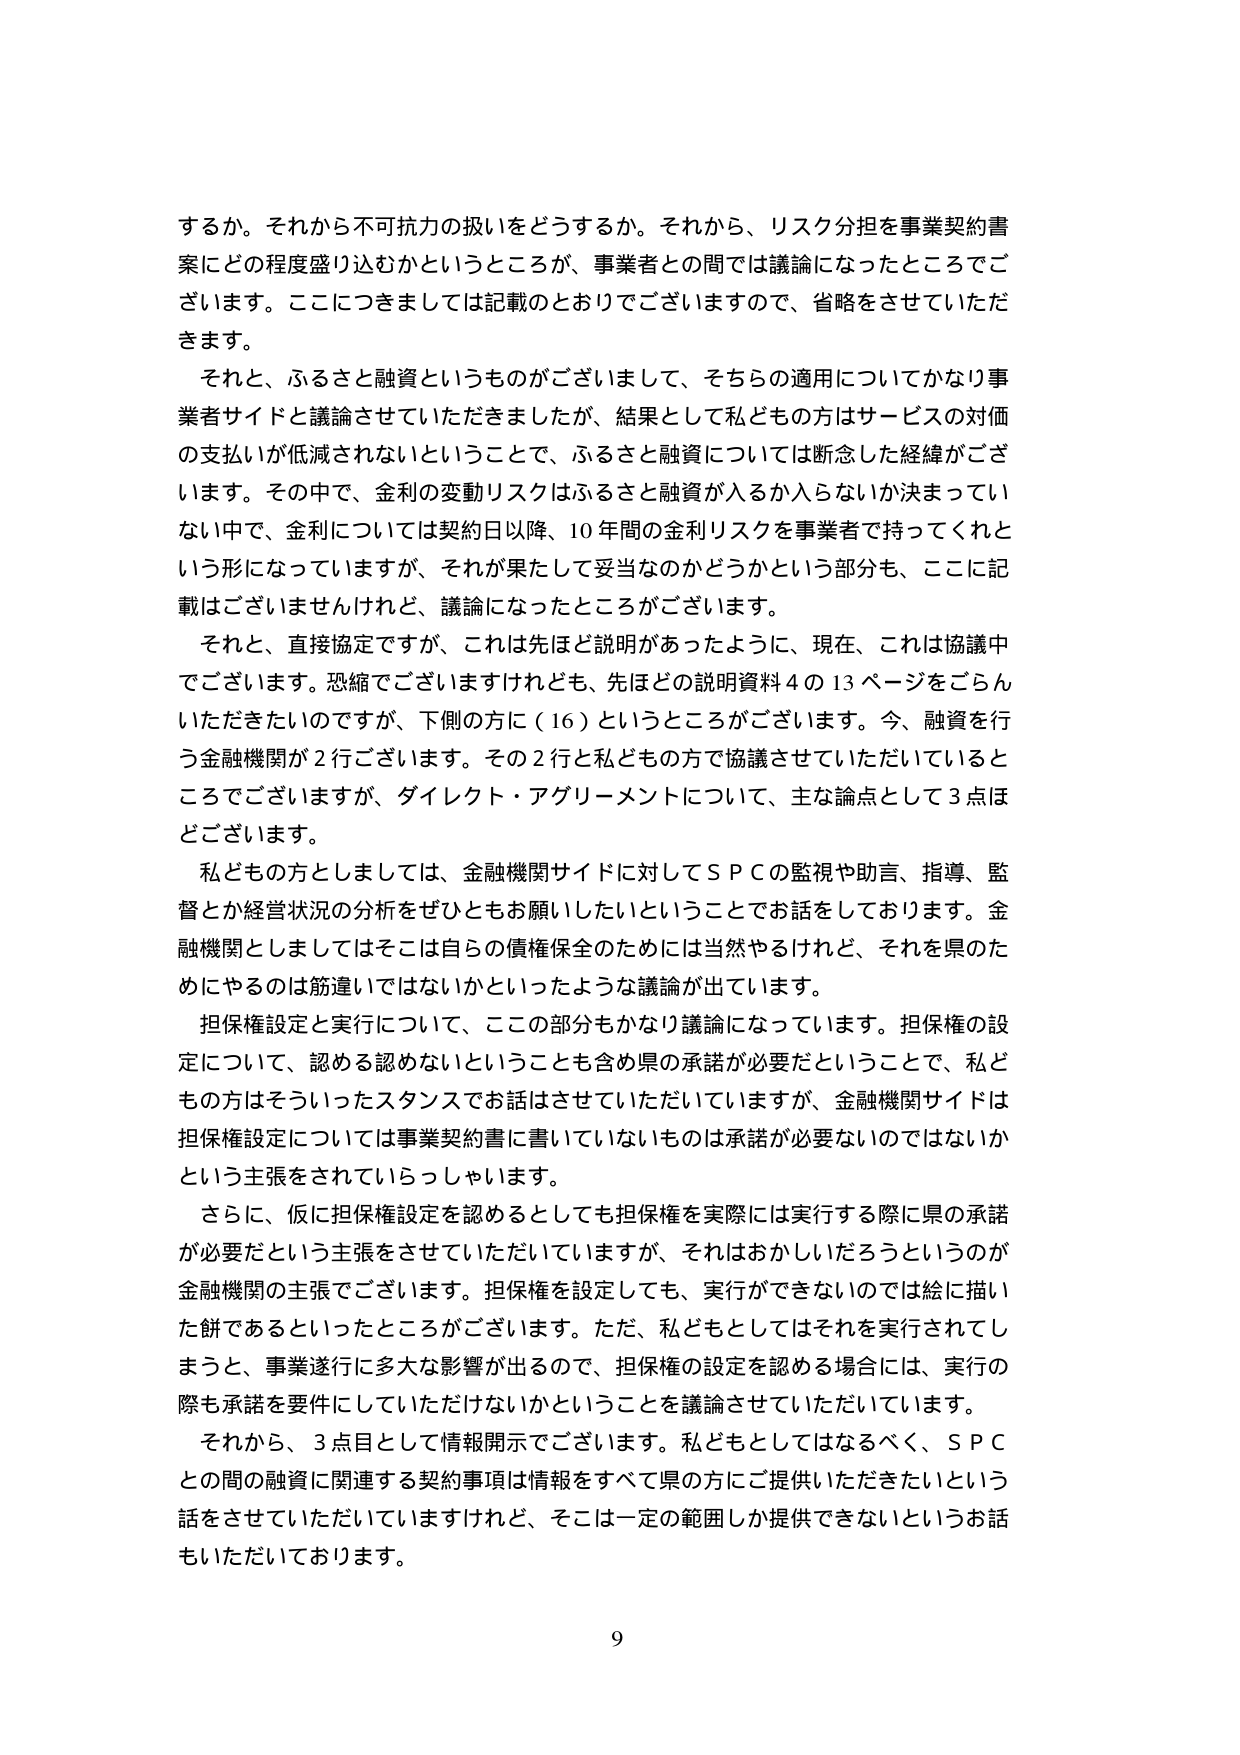
するか。それから不可抗力の扱いをどうするか。それから、リスク分担を事業契約書案にどの程度盛り込むかというところが、事業者との間では議論になったところでございます。ここにつきましては記載のとおりでございますので、省略をさせていただきます。

それと、ふるさと融資というものがございまして、そちらの適用についてかなり事業者サイドと議論させていただきましたが、結果として私どもの方はサービスの対価の支払いが低減されないということで、ふるさと融資については断念した経緯がございます。その中で、金利の変動リスクはふるさと融資が入るか入らないか決まっていない中で、金利については契約日以降、10年間の金利リスクを事業者で持ってくればという形になっていますが、それが果たして妥当なのかどうかという部分も、ここに記載はございませんけれど、議論になったところがございます。

それと、直接協定ですが、これは先ほど説明があったように、現在、これは協議中でございます。恐縮でございますけれども、先ほどの説明資料4の13ページをごらんいただきたいのですが、下側の方に（16）というところがございます。今、融資を行う金融機関が2行ございます。その2行と私どもの方で協議させていただいているところでございますが、ダイレクト・アグリーメントについて、主な論点として3点ほどございます。

私どもの方としましては、金融機関サイドに対してＳＰＣの監視や助言、指導、監督とか経営状況の分析をぜひともお願いしたいということでお話をしております。金融機関としましてはそこは自らの債権保全のためには当然やるけれど、それを県のためにやるのは筋違いではないかといったような議論が出ていきます。

担保権設定と実行について、この部分もかなり議論になっています。担保権の設定について、認める認めないということも含め県の承諾が必要だということで、私どもの方はそういったスタンスでお話はさせていただいていますが、金融機関サイドは担保権設定については事業契約書に書いていないものは承諾が必要ないのではないかという主張をされていらっしゃいます。

さらに、仮に担保権設定を認めるとしても担保権を実際には実行する際に県の承諾が必要だという主張をさせていただいていますが、それはおかしいだろうというのが金融機関の主張でございます。担保権を設定しても、実行ができないのでは絵に描いた餅であるといったところがございます。ただ、私どもとしてはそれを実行されてしまうと、事業遂行に多大な影響が出るので、担保権の設定を認める場合には、実行の際も承諾を要件にしていただけないかということを議論させていただいています。

それから、3点目として情報開示でございます。私どもとしてはなるべく、ＳＰＣとの間の融資に関連する契約事項は情報をすべて県の方にご提供いただきたいという話をさせていただいていますけれど、そこは一定の範囲しか提供できないというお話もいただいております。

9